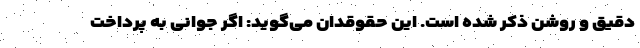
دقیق و روشن ذکر شده است. این حقوقدان می‌گوید: اگر جوانی به پرداخت